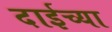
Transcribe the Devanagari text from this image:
दाईच्या